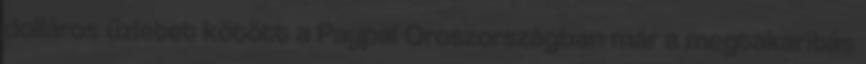
dolláros üzletet kötött a Paypal Oroszországban már a megtakarítás